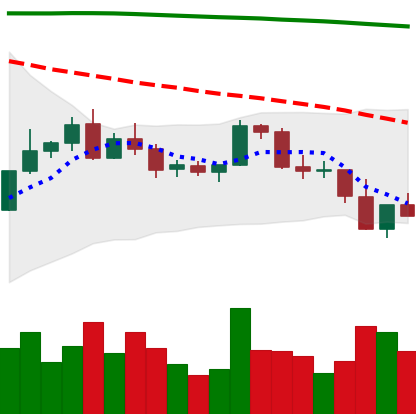
Ticker: BNB-USD
Chart end date: 2022-02-23
Forward return: 7.932%
Label: up_7plus